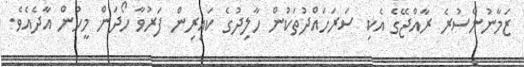
ޒަމާނުންސުރެ ރާއްޖޭގެ އެކި ސަރަހައްދުތަކުން ހާލިދުގެ ކައިރިން ފަރުވާ ހޯދަން މީހުން އާދެއެވެ.